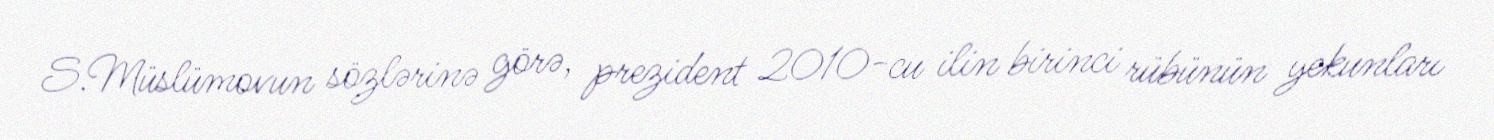
S.Müslümovun sözlərinə görə, prezident 2010-cu ilin birinci rübünün yekunları